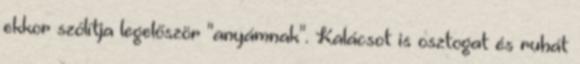
ekkor szólítja legelőször "anyámnak". Kalácsot is osztogat és ruhát